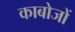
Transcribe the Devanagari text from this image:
काबोजों